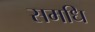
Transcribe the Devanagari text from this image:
समधि